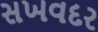
સખવદર